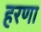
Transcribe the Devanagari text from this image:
हरणा